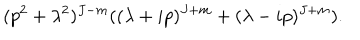
( p ^ { 2 } + \lambda ^ { 2 } ) ^ { J - m } ( ( \lambda + i p ) ^ { J + m } + ( \lambda - i p ) ^ { J + m } ) .